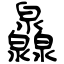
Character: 灥